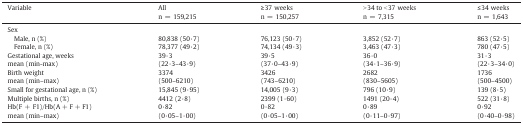
<table><thead><tr><td><b>Variable</b></td><td><b>Alln = 159,215</b></td><td><b>≥ 37 weeksn = 150,257</b></td><td><b>&gt; 34 to &lt; 37 weeksn = 7,315</b></td><td><b>≤ 34 weeksn = 1,643</b></td></tr></thead><tbody><tr><td colspan="5">Sex</td></tr><tr><td> Male, n (%)</td><td>80,838 (50·7)</td><td>76,123 (50·7)</td><td>3,852 (52·7)</td><td>863 (52·5)</td></tr><tr><td> Female, n (%)</td><td>78,377 (49·2)</td><td>74,134 (49·3)</td><td>3,463 (47·3)</td><td>780 (47·5)</td></tr><tr><td>Gestational age, weeksmean (min-max)</td><td>39·3(22·3–43·9)</td><td>39·5(37·0–43·9)</td><td>36·0(34·1–36·9)</td><td>31·3(22·3–34·0)</td></tr><tr><td>Birth weightmean (min–max)</td><td>3374(500–6210)</td><td>3426(743–6210)</td><td>2682(830–5605)</td><td>1736(500–4500)</td></tr><tr><td>Small for gestational age, n (%)</td><td>15,845 (9·95)</td><td>14,005 (9·3)</td><td>796 (10·9)</td><td>139 (8·5)</td></tr><tr><td>Multiple births, n (%)</td><td>4412 (2·8)</td><td>2399 (1·60)</td><td>1491 (20·4)</td><td>522 (31·8)</td></tr><tr><td>Hb(F + F1)/Hb(A + F + F1)mean (min–max)</td><td>0·82(0·05–1·00)</td><td>0·82(0·05–1·00)</td><td>0·89(0·11–0·97)</td><td>0·92(0·40–0·98)</td></tr></tbody></table>